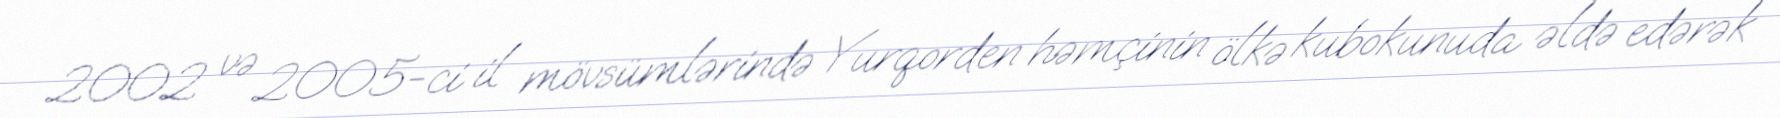
2002 və 2005-ci il mövsümlərində Yurqorden həmçinin ölkə kubokunuda əldə edərək